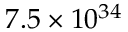
7 . 5 \times 1 0 ^ { 3 4 }